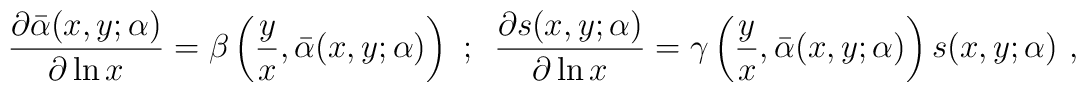
\frac{\partial\bar\alpha(x,y;\alpha)}{\partial\ln x}=\beta\left(\frac{y}{x},\bar\alpha(x,y;\alpha)\right)\,\,;\,\,\,\frac{\partial s(x,y;\alpha)}{\partial\ln x}=\gamma\left(\frac{y}{x},\bar\alpha(x,y;\alpha)\right)s(x,y;\alpha)~,